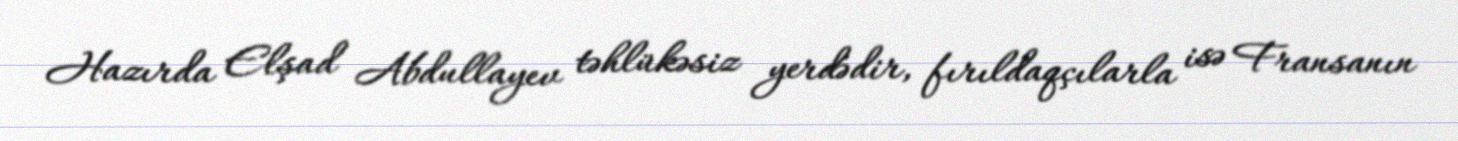
Hazırda Elşad Abdullayev təhlükəsiz yerdədir, fırıldaqçılarla isə Fransanın